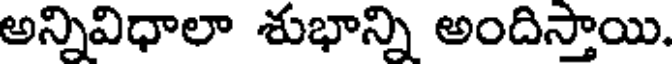
అన్నివిధాలా శుభాన్ని అందిస్తాయి.